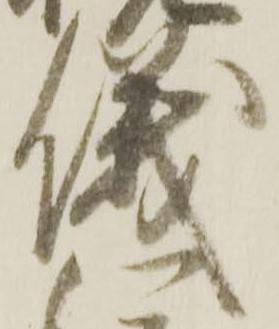
儀